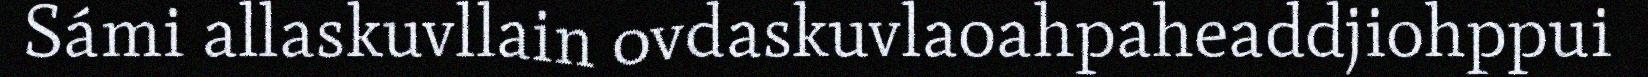
Sámi allaskuvllain ovdaskuvlaoahpaheaddjiohppui